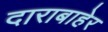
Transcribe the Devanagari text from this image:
दाराबाहेर